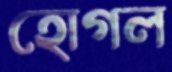
হোগল